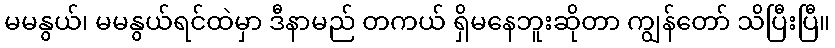
မမနွယ်၊ မမနွယ်ရင်ထဲမှာ ဒီနာမည် တကယ် ရှိမနေဘူးဆိုတာ ကျွန်တော် သိပြီးပြီ။